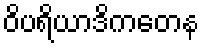
ဝိပရိယာဒိကတေန